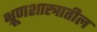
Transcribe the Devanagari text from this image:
भ्रूणशास्त्रातील